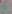
به